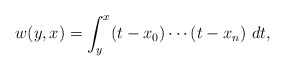
\begin{align*}w(y,x)=\int_{y}^{x}(t-x_0)\cdots(t-x_n)\ dt,\end{align*}